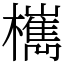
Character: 㰎